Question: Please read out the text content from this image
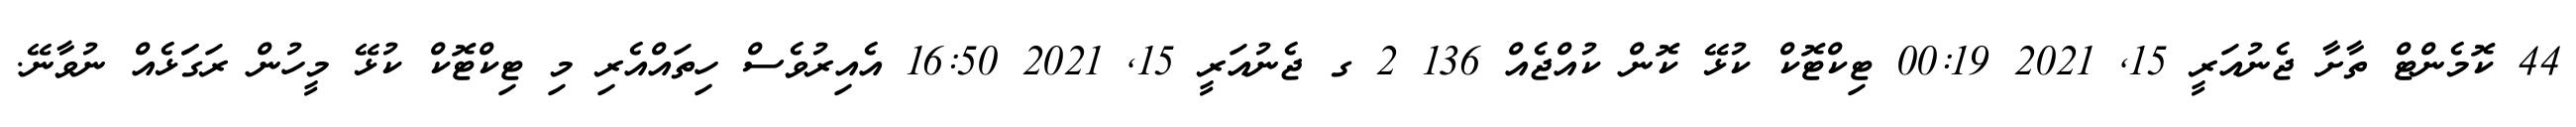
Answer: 44 ކޮމެންޓް ތާށާ ޖެނުއަރީ 15, 2021 00:19 ޓިކްޓޮކް ކުޅޭ ކޮން ކުއްޖެއް 136 2 ގ ޖެނުއަރީ 15, 2021 16:50 އެއިރުވެސް ހިތައްއެރި މި ޓިކްޓޮކް ކުޅޭ މީހުން ރަގަަޅެއް ނުވާނޭ.